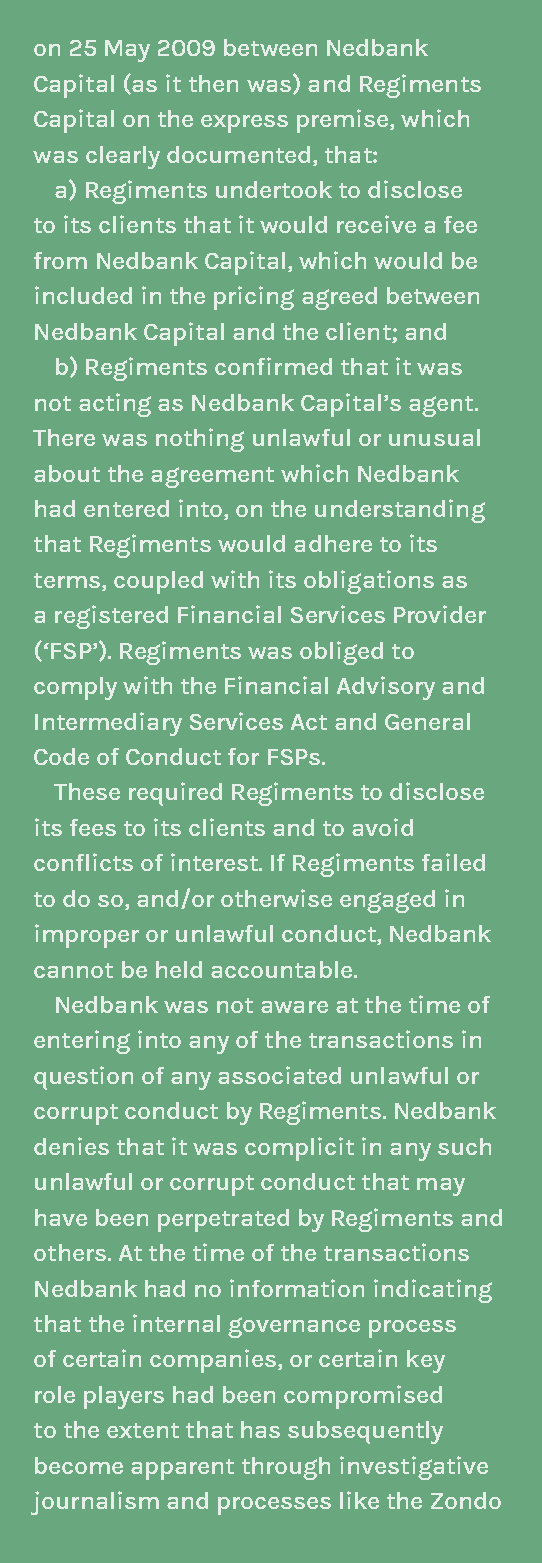
on 25 may 2009 between Nedbank
 Capital (as it then was) and regiments
 Capital on the express premise, which
 was clearly documented, that:
 a) regiments undertook to disclose
 to its clients that it would receive a fee
 from Nedbank Capital, which would be
 included in the pricing agreed between
 Nedbank Capital and the client; and
 b) Regiments confirmed that it was
 not acting as Nedbank Capital’s agent.
 There was nothing unlawful or unusual
 about the agreement which Nedbank
 had entered into, on the understanding
 that regiments would adhere to its
 terms, coupled with its obligations as
 a registered Financial services provider
 (‘Fsp’). regiments was obliged to
 comply with the Financial Advisory and
 intermediary services Act and General
 Code of Conduct for Fsps.
 These required regiments to disclose
 its fees to its clients and to avoid
 conflicts of interest. If Regiments failed
 to do so, and/or otherwise engaged in
 improper or unlawful conduct, Nedbank
 cannot be held accountable.
 Nedbank was not aware at the time of
 entering into any of the transactions in
 question of any associated unlawful or
 corrupt conduct by regiments. Nedbank
 denies that it was complicit in any such
 unlawful or corrupt conduct that may
 have been perpetrated by regiments and
 others. At the time of the transactions
 Nedbank had no information indicating
 that the internal governance process
 of certain companies, or certain key
 role players had been compromised
 to the extent that has subsequently
 become apparent through investigative
 journalism and processes like the Zondo